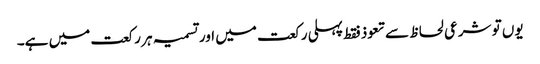
یوں تو شرعی لحاظ سے تعوذ فقط پہلی رکعت میں اور تسمیہ ہر رکعت میں ہے۔